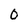
Character: 0